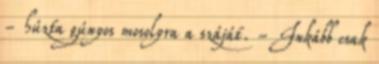
- húzta gúnyos mosolyra a száját. - Inkább csak